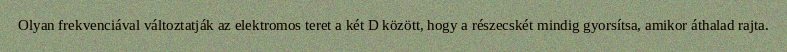
Olyan frekvenciával változtatják az elektromos teret a két D között, hogy a részecskét mindig gyorsítsa, amikor áthalad rajta.